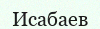
Исабаев